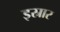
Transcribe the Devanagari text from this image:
इस्रार